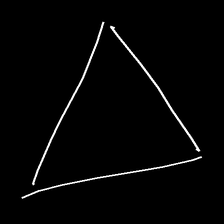
Glyph: convergence